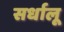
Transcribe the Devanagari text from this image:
सर्धालू